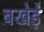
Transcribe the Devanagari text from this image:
बखेड़े